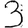
Digit: 3